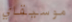
موسيقاي